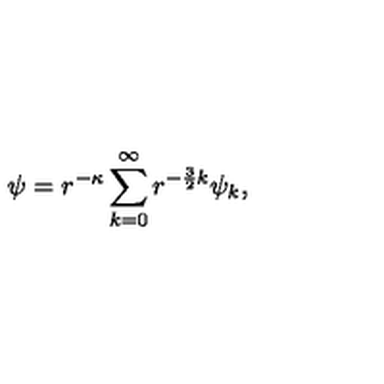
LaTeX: \psi = r ^ { - \kappa } \sum _ { k = 0 } ^ { \infty } r ^ { - \frac { 3 } { 2 } k } \psi _ { k } ,